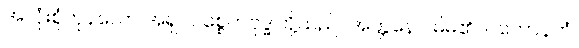
အလုံးစုံကုန်သော အရှင်ပစ္စေကဗုဒ္ဓါတို့သည်။ အတ္တနော၊ မိမိ၏။ ပဟောနကံ၊